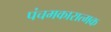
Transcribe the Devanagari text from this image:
पंचमकारात्मक